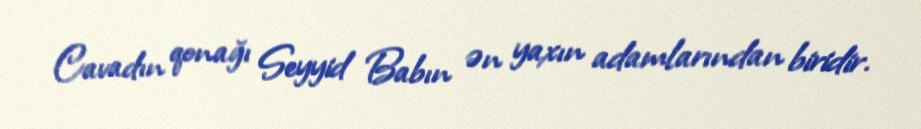
Cavadın qonağı Seyyid Babın ən yaxın adamlarından biridir.